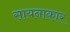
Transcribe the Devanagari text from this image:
सायनाकार